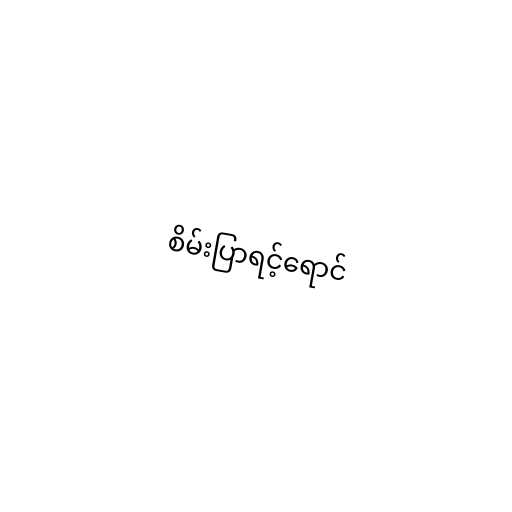
စိမ်းပြာရင့်ရောင်